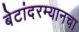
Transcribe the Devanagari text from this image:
बेटांदरम्यानचा